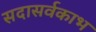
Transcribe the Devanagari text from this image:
सदासर्वकाभ